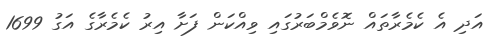
އަދި އެ ކެމެރާތައް ނޮވެމްބަރުގައި ވިއްކަން ފަށާ އިރު ކެމެރާގެ އަގު 1699